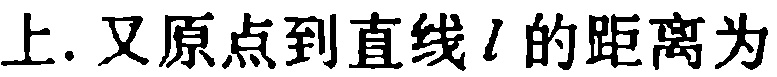
上. 又原点到直线\(l\)的距离为